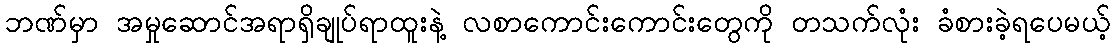
ဘဏ်မှာ အမှုဆောင်အရာရှိချုပ်ရာထူးနဲ့ လစာကောင်းကောင်းတွေကို တသက်လုံး ခံစားခဲ့ရပေမယ့်